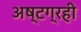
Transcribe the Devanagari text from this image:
अष्टग्रही